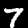
Label: 7